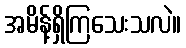
အမိန့်ရှိကြသေးသလဲ။